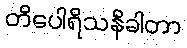
တိပေါရိသနိခါတာ